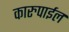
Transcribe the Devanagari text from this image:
कारुपाईल